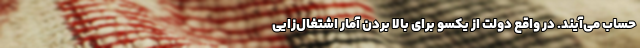
حساب می‌آیند. در واقع دولت از یکسو برای بالا بردن آمار اشتغال‌زایی